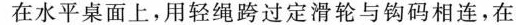
在水平桌面上，用轻绳跨过定滑轮与钩码相连，在